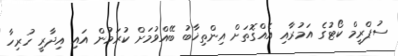
ސުޕްރީމް ކޯޓުގެ އަމުރާއި އެއްގޮތަށް އިންތިޚާބު ބޭއްވުމަށް ކުރަމުން އައި އިދާރީ ހުރިހާ